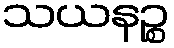
သယနဉ္စ